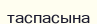
таспасына